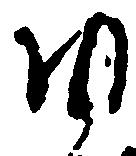
ゆ